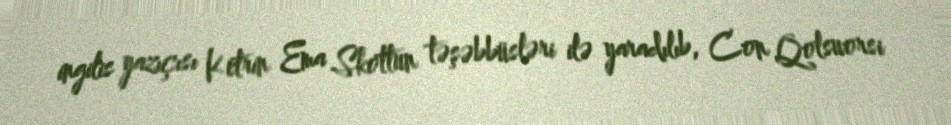
ingilis yazıçısı Ketrin Ema Skottun təşəbbüsləri ilə yaradılıb, Con Qolsuorsi